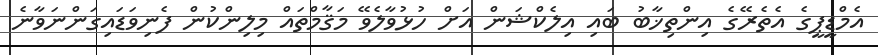
އެމްޑީޕީގެ އެތެރޭގެ އިންތިޚާބު ބައި އިލެކްޝަން އަށް ހުޅުވާލެވޭ މަޤާމްތައް މިލިންކުން ފެނިވަޑައިގަންނަވާނެ